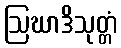
ဩဃာဒိသုတ္တံ